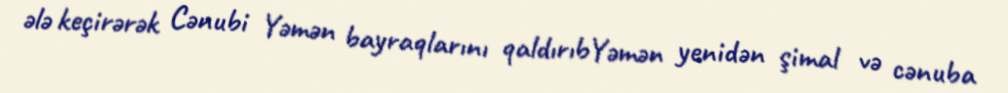
ələ keçirərək Cənubi Yəmən bayraqlarını qaldırıbYəmən yenidən şimal və cənuba